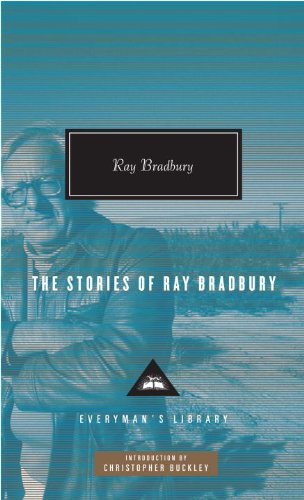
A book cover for The Stories of Ray Bradbury (Everyman's Library (Cloth)); Ray Bradbury; Science Fiction & Fantasy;